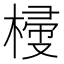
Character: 𣖽